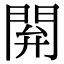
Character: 閞